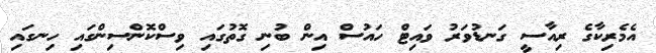
އެމެރިކާގެ ރިއާސީ ގަނޑުވަރު ވައިޓް ހައުސް އިން ބުނި ގޮތުގައި ވިސްކޮންސިންގައި ހިނގައި